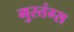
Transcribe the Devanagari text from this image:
मुस्तंग्स